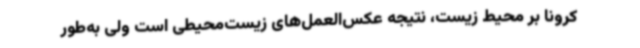
کرونا بر محیط زیست، نتیجه عکس‌العمل‌های زیست‌محیطی است ولی به‌طور